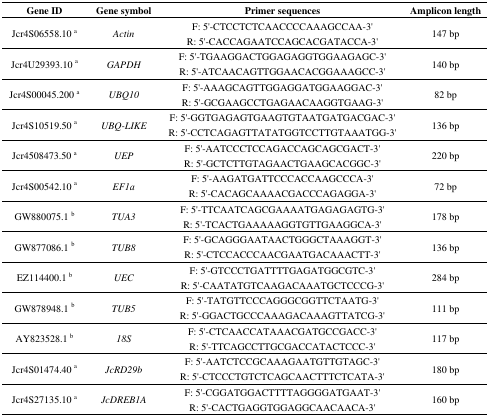
<table><thead><tr><td><b>Gene ID</b></td><td><b>Gene symbol</b></td><td><b>Primer sequences</b></td><td><b>Amplicon length</b></td></tr></thead><tbody><tr><td>Jcr4S06558.10 a</td><td><i>Actin</i></td><td>F: 5′-CTCCTCTCAACCCCAAAGCCAA-3′R: 5′-CACCAGAATCCAGCACGATACCA-3′</td><td>147 bp</td></tr><tr><td>Jcr4U29393.10 a</td><td><i>GAPDH</i></td><td>F: 5′-TGAAGGACTGGAGAGGTGGAAGAGC-3′R: 5′-ATCAACAGTTGGAACACGGAAAGCC-3′</td><td>140 bp</td></tr><tr><td>Jcr4S00045.200 a</td><td><i>UBQ10</i></td><td>F: 5′-AAAGCAGTTGGAGGATGGAAGGAC-3′R: 5′-GCGAAGCCTGAGAACAAGGTGAAG-3′</td><td>82 bp</td></tr><tr><td>Jcr4S10519.50 a</td><td><i>UBQ-LIKE</i></td><td>F: 5′-GGTGAGAGTGAAGTGTAATGATGACGAC-3′R: 5′-CCTCAGAGTTATATGGTCCTTGTAAATGG-3′</td><td>136 bp</td></tr><tr><td>Jcr4508473.50 a</td><td><i>UEP</i></td><td>F: 5′-AATCCCTCCAGACCAGCAGCGACT-3′R: 5′-GCTCTTGTAGAACTGAAGCACGGC-3′</td><td>220 bp</td></tr><tr><td>Jcr4S00542.10 a</td><td><i>EF1α</i></td><td>F: 5′-AAGATGATTCCCACCAAGCCCA-3′R: 5′-CACAGCAAAACGACCCAGAGGA-3′</td><td>72 bp</td></tr><tr><td>GW880075.1 b</td><td><i>TUA3</i></td><td>F: 5′-TTCAATCAGCGAAAATGAGAGAGTG-3′R: 5′-TCACTGAAAAAGGTGTTGAAGGCA-3′</td><td>178 bp</td></tr><tr><td>GW877086.1 b</td><td><i>TUB8</i></td><td>F: 5′-GCAGGGAATAACTGGGCTAAAGGT-3′R: 5′-CTCCACCCAACGAATGACAAACTT-3′</td><td>136 bp</td></tr><tr><td>EZ114400.1 b</td><td><i>UEC</i></td><td>F: 5′-GTCCCTGATTTTGAGATGGCGTC-3′R: 5′-CAATATGTCAAGACAAATGCTCCCG-3′</td><td>284 bp</td></tr><tr><td>GW878948.1 b</td><td><i>TUB5</i></td><td>F: 5′-TATGTTCCCAGGGCGGTTCTAATG-3′R: 5′-GGACTGCCCAAAGACAAAGTTATCG-3′</td><td>111 bp</td></tr><tr><td>AY823528.1 b</td><td><i>18S</i></td><td>F: 5′-CTCAACCATAAACGATGCCGACC-3′R: 5′-TTCAGCCTTGCGACCATACTCCC-3′</td><td>117 bp</td></tr><tr><td>Jcr4S01474.40 a</td><td><i>JcRD29b</i></td><td>F: 5′-AATCTCCGCAAAGAATGTTGTAGC-3′R: 5′-CTCCCTGTCTCAGCAACTTTCTCATA-3′</td><td>180 bp</td></tr><tr><td>Jcr4S27135.10 a</td><td><i>JcDREB1A</i></td><td>F: 5′-CGGATGGACTTTTAGGGGATGAAT-3′R: 5′-CACTGAGGTGGAGGCAACAACA-3′</td><td>160 bp</td></tr></tbody></table>